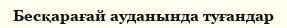
Бесқарағай ауданында туғандар